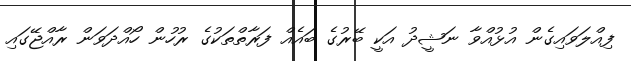
ފިއްލަވައިގެން އުޅުއްވާ ނަޝީދު އަކީ ބޭރުގެ ބައެއް ފަރާތްތަކުގެ ރުހުން ހޯއްދަވަން ރާއްޖޭގައި